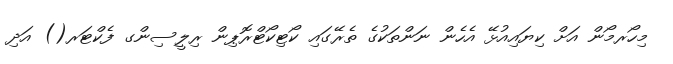
މިހޯރމޯން އަށް ކިޔައިއުޅޭ އެހެން ނަންތަކުގެ ތެރޭގައި ކޯޓިކޯޓްރޮޕިން ރިލީސިންގ ފެކްޓަރ() އަދި